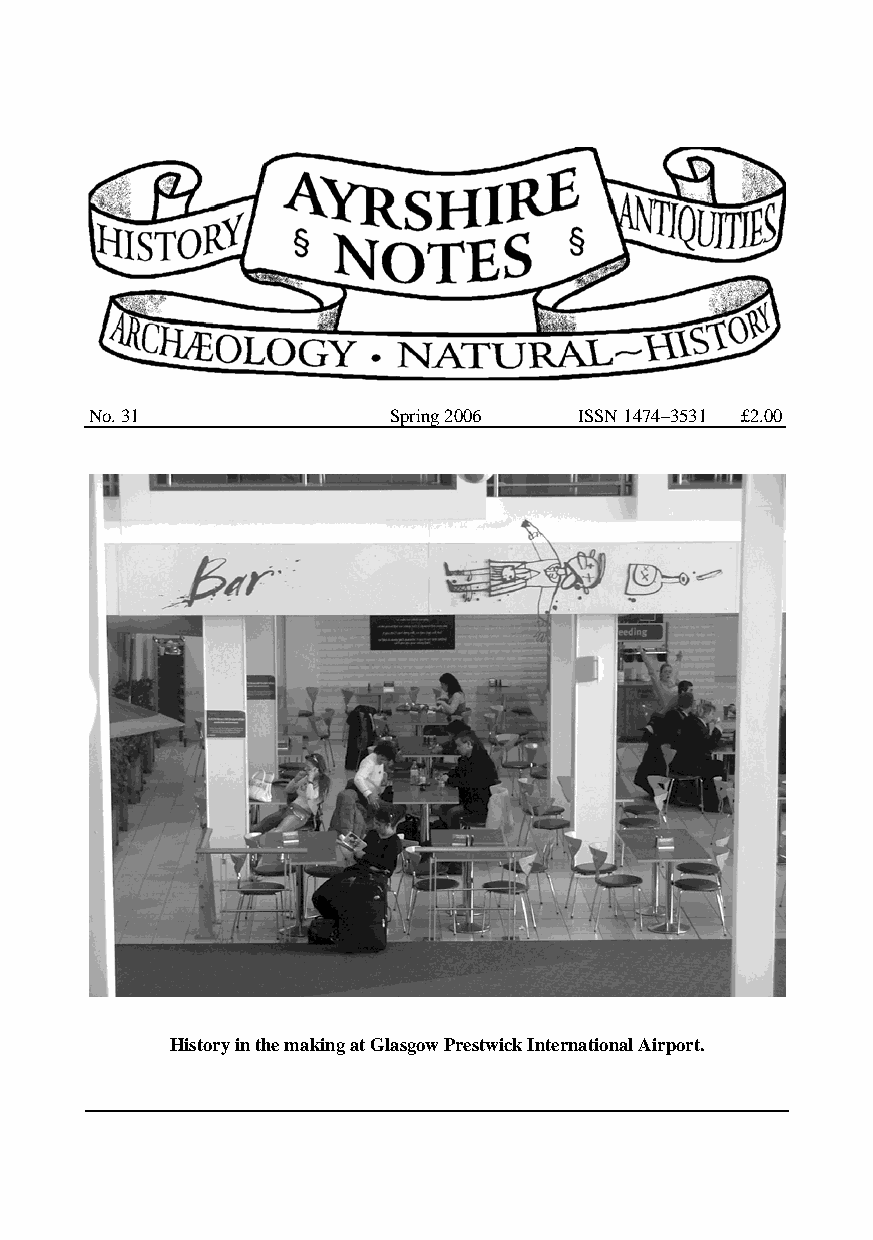
No. 31              Spring 2006 ISSN 1474–3531 £2.00
 History in the making at Glasgow Prestwick International Airport.